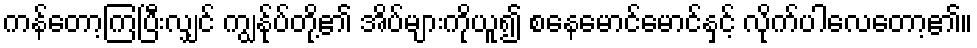
ကန်တော့ကြပြီးလျှင် ကျွန်ုပ်တို့၏ အိပ်များကိုယူ၍ စနေမောင်မောင်နှင့် လိုက်ပါလေတော့၏။